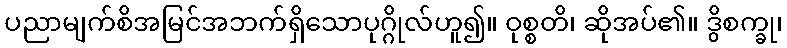
ပညာမျက်စိအမြင်အဘက်ရှိသောပုဂ္ဂိုလ်ဟူ၍။ ဝုစ္စတိ၊ ဆိုအပ်၏။ ဒွိစက္ခု၊